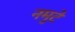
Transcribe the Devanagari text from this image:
नमुटे